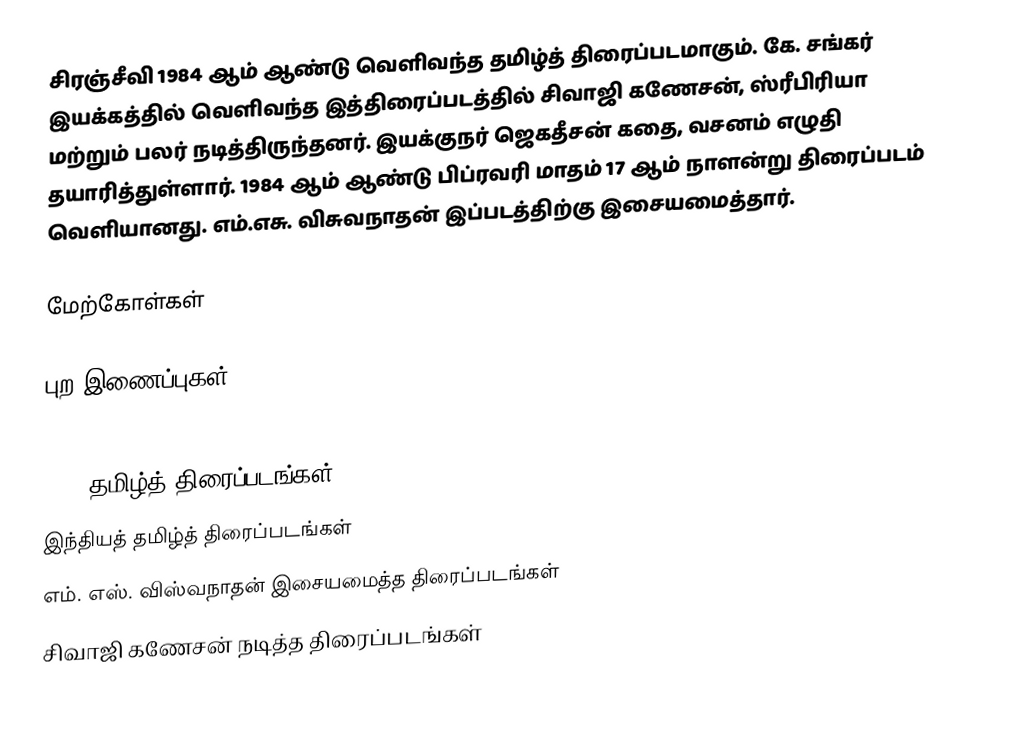
சிரஞ்சீவி 1984 ஆம் ஆண்டு வெளிவந்த தமிழ்த் திரைப்படமாகும். கே. சங்கர் இயக்கத்தில் வெளிவந்த இத்திரைப்படத்தில் சிவாஜி கணேசன், ஸ்ரீபிரியா மற்றும் பலர் நடித்திருந்தனர். இயக்குநர் ஜெகதீசன் கதை, வசனம் எழுதி தயாரித்துள்ளார். 1984 ஆம் ஆண்டு பிப்ரவரி மாதம் 17 ஆம் நாளன்று திரைப்படம் வெளியானது. எம்.எசு. விசுவநாதன் இப்படத்திற்கு இசையமைத்தார்.

மேற்கோள்கள்

புற இணைப்புகள்

1984 தமிழ்த் திரைப்படங்கள்
இந்தியத் தமிழ்த் திரைப்படங்கள்
எம். எஸ். விஸ்வநாதன் இசையமைத்த திரைப்படங்கள்
சிவாஜி கணேசன் நடித்த திரைப்படங்கள்